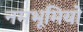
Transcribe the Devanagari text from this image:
नमभूमियों